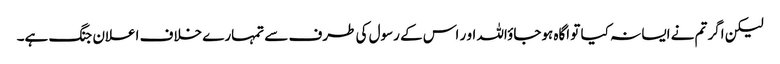
لیکن اگر تم نے ایسا نہ کیا تو اگاہ ہوجاؤاللہ او ر اس کے رسول کی طرف سے تمہارے خلاف اعلان جنگ ہے۔